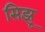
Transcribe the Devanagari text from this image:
सिझू